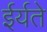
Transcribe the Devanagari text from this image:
ईर्यते